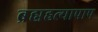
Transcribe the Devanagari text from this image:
ब्रह्महत्यापाप